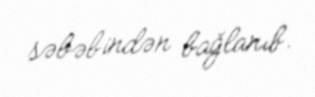
səbəbindən bağlanıb.